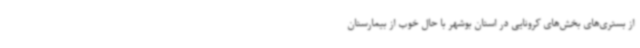
از بستری‌های بخش‌های کرونایی در استان بوشهر با حال خوب از بیمارستان